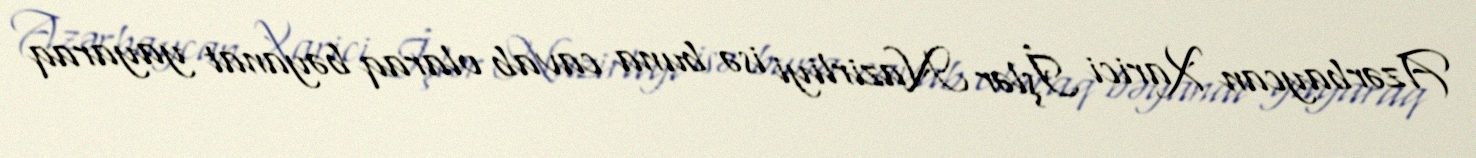
Azərbaycan Xarici İşlər Nazirliyi isə buna cavab olaraq bəyanat yayaraq